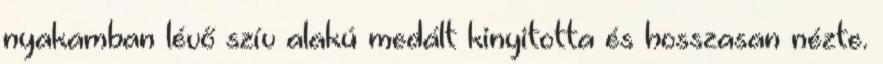
nyakamban lévő szív alakú medált kinyitotta és hosszasan nézte.